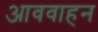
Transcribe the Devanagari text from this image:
आववाहन